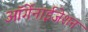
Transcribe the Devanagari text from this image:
ऑर्गेनाईजेशन